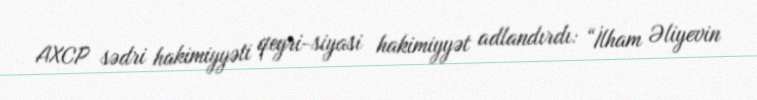
AXCP sədri hakimiyyəti qeyri-siyasi hakimiyyət adlandırdı: “İlham Əliyevin